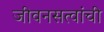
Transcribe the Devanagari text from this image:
जीवनसत्वांची